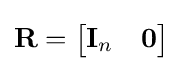
\mathbf {R} ={\begin{bmatrix}\mathbf {I} _{n}&{\boldsymbol {0}}\end{bmatrix}}